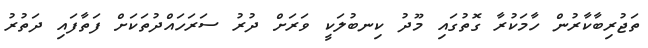
ތަޖުރިބާކާރުން ހާމަކުރާ ގޮތުގައި މޫދު ކިނބުލަކީ ވަރަށް ދުރު ސަރަހައްދުތަކަށް ފަތާފައި ދަތުރު